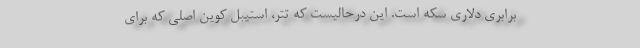
برابری دلاری سکه است. این درحالیست که تتر، استیبل کوین اصلی که برای